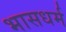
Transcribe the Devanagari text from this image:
भासधर्म